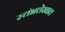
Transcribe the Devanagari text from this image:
स्तंभलेखात